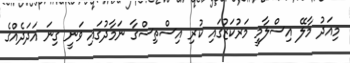
މިއަދު މާލޭ އިސްލާމީ މަރުކަޒުގައި ކުރި އިސްތިސްގާ ނަމާދުގައި ވަނީ ގިނަ އަދަދެއްގެ